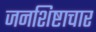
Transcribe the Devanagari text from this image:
जनशिष्टाचार